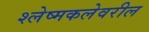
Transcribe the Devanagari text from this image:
श्लेष्मकलेवरील